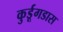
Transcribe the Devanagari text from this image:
कुर्डूगडास